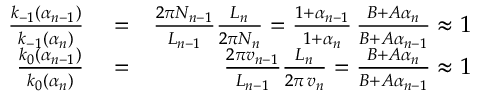
\begin{array} { r l r } { \frac { k _ { - 1 } ( \alpha _ { n - 1 } ) } { k _ { - 1 } ( \alpha _ { n } ) } } & { { } = } & { \frac { 2 \pi N _ { n - 1 } } { L _ { n - 1 } } \frac { L _ { n } } { 2 \pi N _ { n } } = \frac { 1 + \alpha _ { n - 1 } } { 1 + \alpha _ { n } } \, \frac { B + A \alpha _ { n } } { B + A \alpha _ { n - 1 } } \approx 1 } \\ { \frac { k _ { 0 } ( \alpha _ { n - 1 } ) } { k _ { 0 } ( \alpha _ { n } ) } } & { { } = } & { \frac { 2 \pi v _ { n - 1 } } { L _ { n - 1 } } \frac { L _ { n } } { 2 \pi \, v _ { n } } = \frac { B + A \alpha _ { n } } { B + A \alpha _ { n - 1 } } \approx 1 } \end{array}